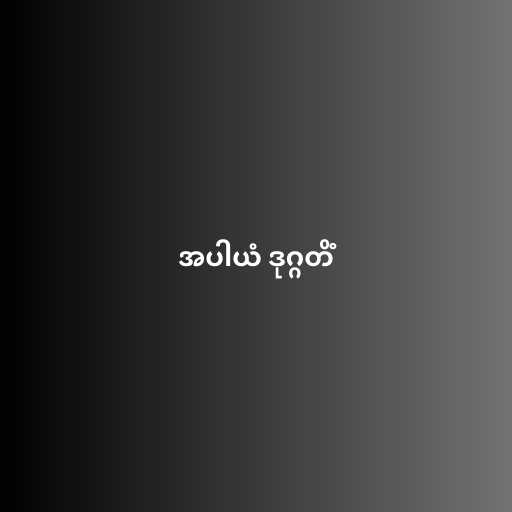
အပါယံ ဒုဂ္ဂတိံ